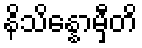
နိသိန္နောမှီတိ